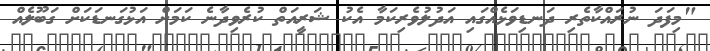
"މިފަދަ ނުރައްކާތެރި ދަނޑިވަޅެއްގައި އަދުލުވެރިކަމާ އެކު ޝަރީއަތް ކުރެވިދާނެ ކަމަށް އަޅުގަނޑަކަށް ގަބޫލެއް